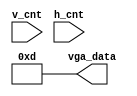
module start_scene(
        input [9:0]v_cnt,
        input [9:0]h_cnt,
        output reg [11:0] vga_data
    );
    always @(*) begin
        vga_data = 12'h00d;
    end
endmodule